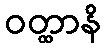
ဝတ္ထာနိ